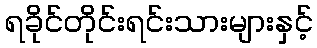
ရခိုင်တိုင်းရင်းသားများနှင့်